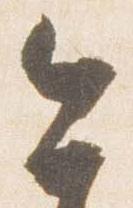
今